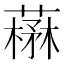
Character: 𦼪